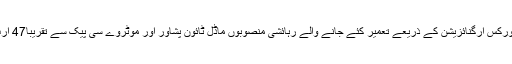
اجلاس کوبتایا گیا کہ فرنٹیر ورکس آرگنائزیشن کے ذریعے تعمیر کئے جانے والے رہائشی منصوبوں ماڈل ٹائون پشاور اور موٹروے سی پیک سے تقریباً47 ارب روپے کی آمدن متوقع ہے۔